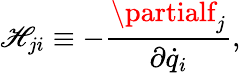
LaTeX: \mathscr{H}_{ji}\equiv-\frac{{\partialf_{j}}}{{\partial\dot{{q}}_{i}}},